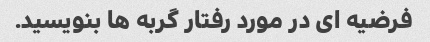
فرضیه ای در مورد رفتار گربه ها بنویسید.